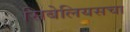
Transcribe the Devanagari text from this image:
सिबेलियसचा